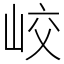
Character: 峧